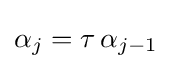
\alpha _{j}=\tau \,\alpha _{j-1}